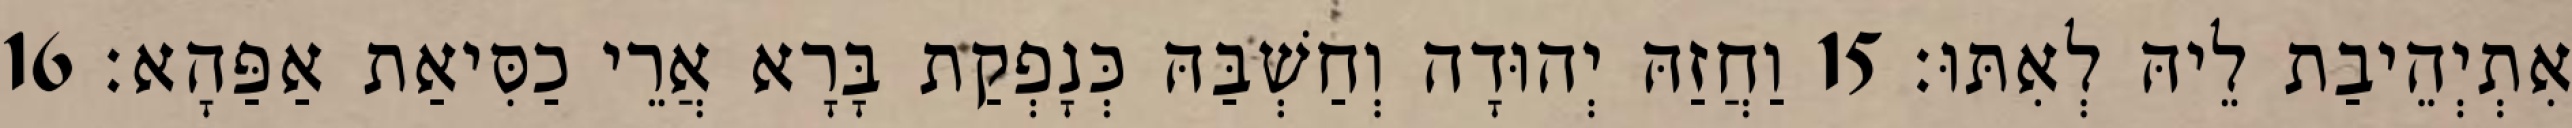
אִתְיְהֵיבַת לֵיהּ לְאִתּוּ׃ 15 וַחֲזַהּ יְהוּדָה וְחַשְׁבַּהּ כְּנָפְקַת בָּרָא אֲרֵי כַסִּיאַת אַפַּהָא׃ 16